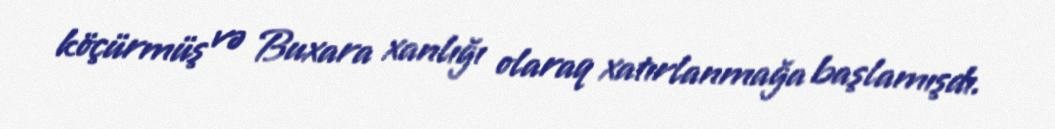
köçürmüş və Buxara xanlığı olaraq xatırlanmağa başlamışdı.